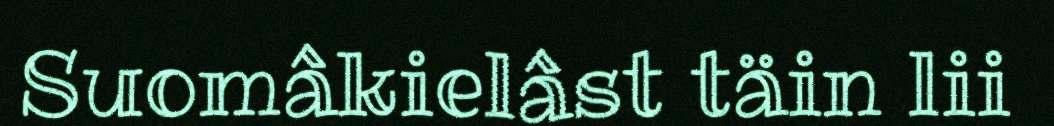
Suomâkielâst täin lii